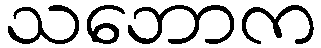
သဘောက